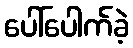
ပေါ်ပေါက်ခဲ့